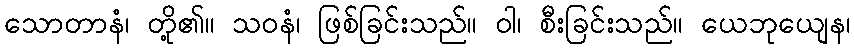
သောတာနံ၊ တို့၏။ သဝနံ၊ ဖြစ်ခြင်းသည်။ ဝါ၊ စီးခြင်းသည်။ ယေဘုယျေန၊